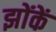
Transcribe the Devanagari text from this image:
झोंकें